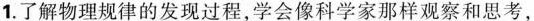
1.了解物理规律的发现过程，学会像科学家那样观察和思考，